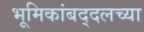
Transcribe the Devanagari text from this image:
भूमिकांबद्दलच्या